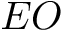
E O